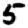
Digit: 5